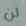
لن